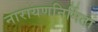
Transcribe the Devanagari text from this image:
नारायणनिर्मिता